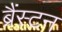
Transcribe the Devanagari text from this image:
ब्रैंस्टन